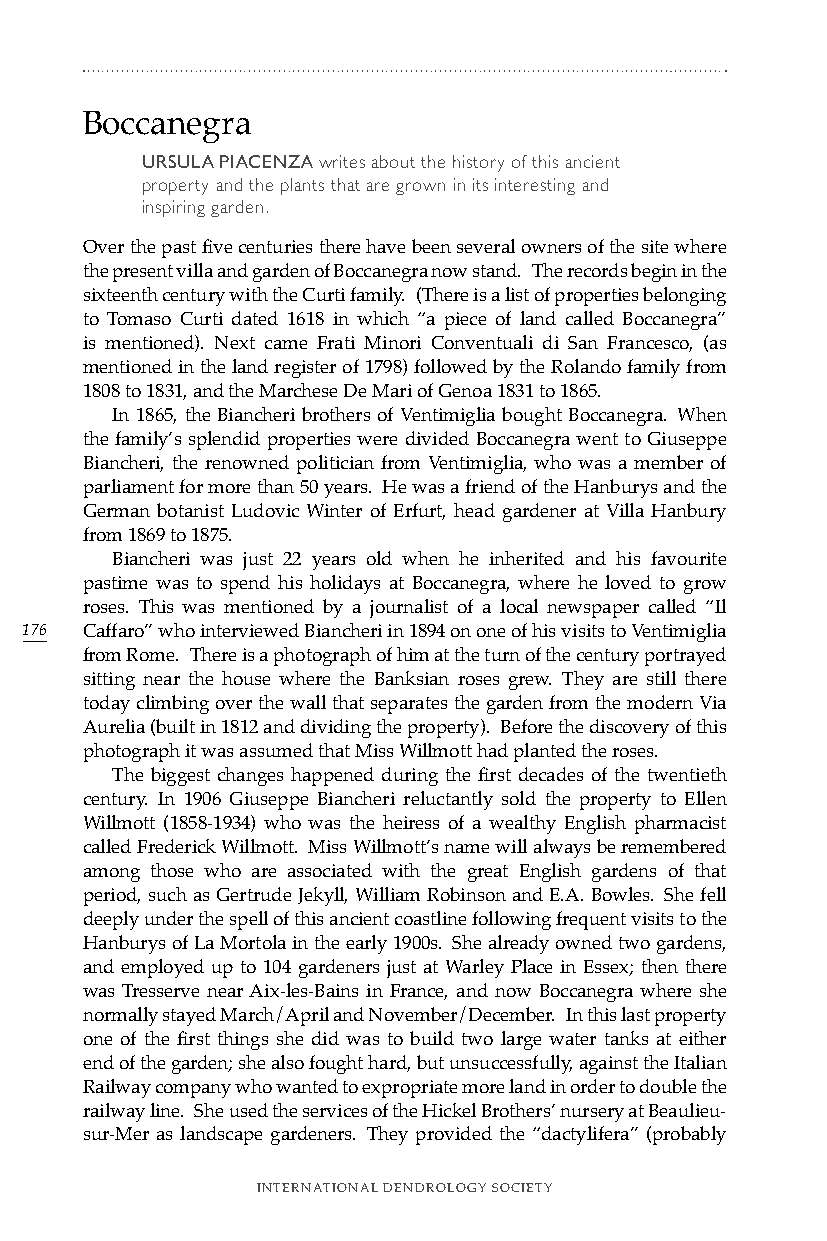
Boccanegra
 URSULA PIACENZA writes about the history of this ancient
 property and the plants that are grown in its interesting and
 inspiring garden.
 Over the past five centuries there have been several owners of the site where
 the present villa and garden of Boccanegra now stand. The records begin in the
 sixteenth century with the Curti family. (There is a list of properties belonging
 to Tomaso Curti dated 1618 in which “a piece of land called Boccanegra”
 is mentioned). Next came Frati Minori Conventuali di San Francesco, (as
 mentioned in the land register of 1798) followed by the Rolando family from
 1808 to 1831, and the Marchese De Mari of Genoa 1831 to 1865.
 In 1865, the Biancheri brothers of Ventimiglia bought Boccanegra. When
 the family’s splendid properties were divided Boccanegra went to Giuseppe
 Biancheri, the renowned politician from Ventimiglia, who was a member of
 parliament for more than 50 years. He was a friend of the Hanburys and the
 German botanist Ludovic Winter of Erfurt, head gardener at Villa Hanbury
 from 1869 to 1875.
 Biancheri was just 22 years old when he inherited and his favourite
 pastime was to spend his holidays at Boccanegra, where he loved to grow
 roses. This was mentioned by a journalist of a local newspaper called “Il
 176 Caffaro” who interviewed Biancheri in 1894 on one of his visits to Ventimiglia
 from Rome. There is a photograph of him at the turn of the century portrayed
 sitting near the house where the Banksian roses grew. They are still there
 today climbing over the wall that separates the garden from the modern Via
 Aurelia (built in 1812 and dividing the property). Before the discovery of this
 photograph it was assumed that Miss Willmott had planted the roses.
 The biggest changes happened during the first decades of the twentieth
 century. In 1906 Giuseppe Biancheri reluctantly sold the property to Ellen
 Willmott (1858-1934) who was the heiress of a wealthy English pharmacist
 called Frederick Willmott. Miss Willmott’s name will always be remembered
 among those who are associated with the great English gardens of that
 period, such as Gertrude Jekyll, William Robinson and E.A. Bowles. She fell
 deeply under the spell of this ancient coastline following frequent visits to the
 Hanburys of La Mortola in the early 1900s. She already owned two gardens,
 and employed up to 104 gardeners just at Warley Place in Essex; then there
 was Tresserve near Aix-les-Bains in France, and now Boccanegra where she
 normally stayed March/April and November/December. In this last property
 one of the first things she did was to build two large water tanks at either
 end of the garden; she also fought hard, but unsuccessfully, against the Italian
 Railway company who wanted to expropriate more land in order to double the
 railway line. She used the services of the Hickel Brothers’ nursery at Beaulieu-
 sur-Mer as landscape gardeners. They provided the “dactylifera” (probably
 INTERNATIONAL DENDROLOGY SOCIETY